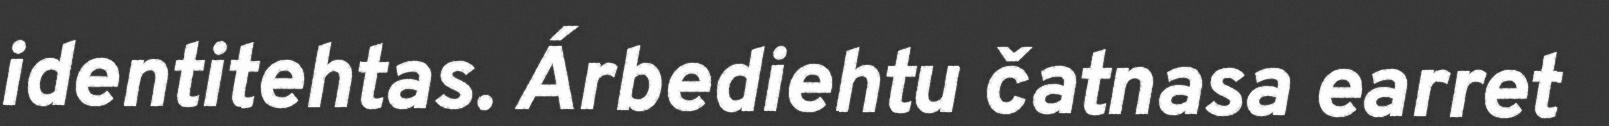
identitehtas. Árbediehtu čatnasa earret